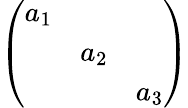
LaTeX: \left(\begin{array}{ccc}{{a_{1}}}&{{}}&{{}}\\ {{}}&{{a_{2}}}&{{}}\\ {{}}&{{}}&{{a_{3}}}\end{array}\right)